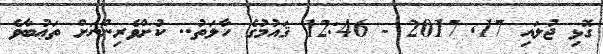
ގޮޅި ޖުލައި 17